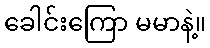
ခေါင်းကြော မမာနဲ့။